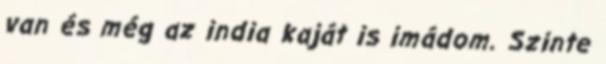
van és még az india kaját is imádom. Szinte